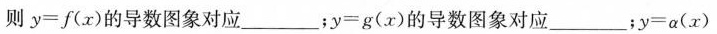
则$$y = f ( x )$$的导数图象对应___；$$y = g ( x )$$的导数图象对应___；$$y = \alpha ( x )$$